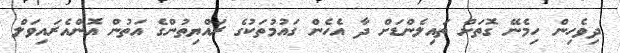
ދިވެހިން ހިމެނޭ ގޮތަށް ތައިލެންޑަށް ދާ އެހެން ގައުމުތަކުގެ ރައްޔިތުންގެ އަތުން އޮންއެރައިވަލް